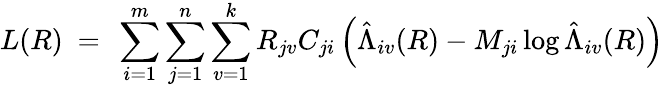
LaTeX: L(R)\ =\ \sum_{i=1}^{m}\sum_{j=1}^{n}\sum_{v=1}^{k}R_{jv}C_{ji}\left(\hat{\Lambda}_{iv}(R)-M_{ji}\log\hat{\Lambda}_{iv}(R)\right)